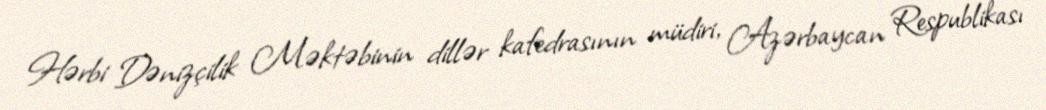
Hərbi Dənizçilik Məktəbinin dillər kafedrasının müdiri, Azərbaycan Respublikası